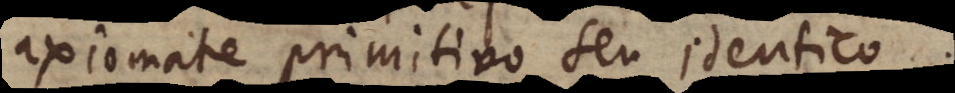
axiomate primitivo seu identico.